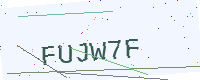
Text: FUJW7F